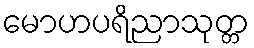
မောဟပရိညာသုတ္တ